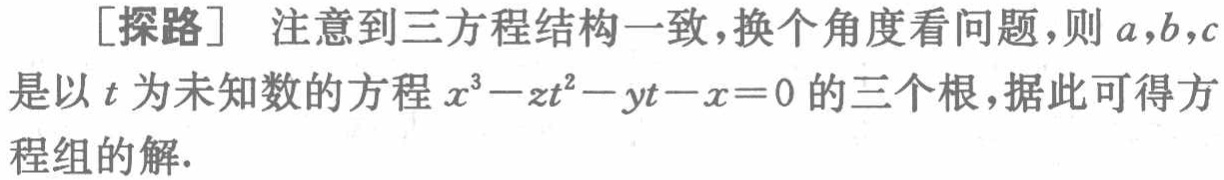
[探路] 注意到三方程结构一致，换个角度看问题，则\(a,b,c\)是以\(t\)为未知数的方程\(x^{3}-zt^{2}-yt - x = 0\)的三个根，据此可得方程组的解.